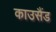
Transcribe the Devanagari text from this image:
काउसैंड